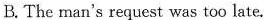
B. The man's request was too late.